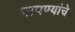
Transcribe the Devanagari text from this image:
पापण्यांचे